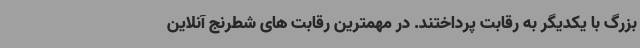
بزرگ با یکدیگر به رقابت پرداختند. در مهمترین رقابت های شطرنج آنلاین